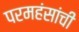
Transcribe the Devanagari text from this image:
परमहंसांची